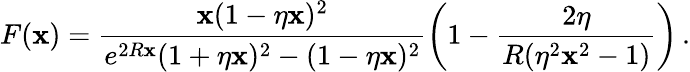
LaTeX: F(\mathbf{x})=\frac{{\mathbf{x}(1-\eta\mathbf{x})^{2}}}{{e^{2R\mathbf{x}}(1+\eta\mathbf{x})^{2}-(1-\eta\mathbf{x})^{2}}}\left(1-\frac{{2\eta}}{{R(\eta^{2}\mathbf{x}^{2}-1)}}\right)\, {.}